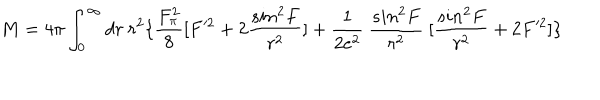
M = 4 \pi \int _ { 0 } ^ { \infty } d r ~ r ^ { 2 } \{ \frac { F _ { \pi } ^ { 2 } } { 8 } [ F ^ { 2 } + 2 \frac { s i n ^ { 2 } F } { r ^ { 2 } } ] + \frac { 1 } { 2 e ^ { 2 } } ~ \frac { s i n ^ { 2 } F } { r ^ { 2 } } ~ [ \frac { s i n ^ { 2 } F } { r ^ { 2 } } + 2 F ^ { 2 } ] \}